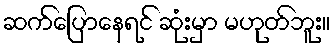
ဆက်ပြောနေရင် ဆုံးမှာ မဟုတ်ဘူး။